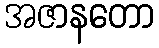
အဇာနတော